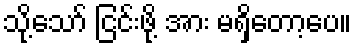
သို့သော် ငြင်းဖို့ အား မရှိတော့ပေ။